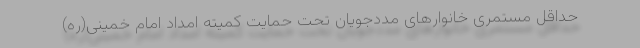
حداقل مستمری خانوارهای مددجویان تحت حمایت کمیته امداد امام خمینی‌(ره)